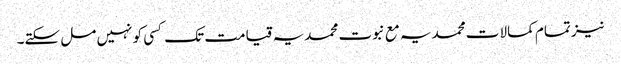
نیز تمام کمالات محمدیہ مع نبوت محمدیہ قیامت تک کسی کو نہیں مل سکتے۔